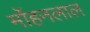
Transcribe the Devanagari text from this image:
र्मोहनलाल